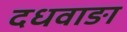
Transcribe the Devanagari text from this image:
दधवाङा